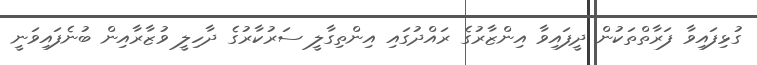
ގުޅިފައިވާ ފަރާތްތަކުން ދީފައިވާ އިންޒާރުގެ ރައްދުގައި އިންތިގާލީ ސަރުކާރުގެ ދާހިލީ ވުޒާރާއިން ބުނެފައިވަނީ